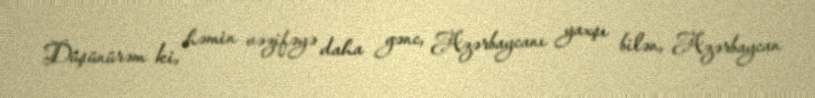
Düşünürəm ki, həmin vəzifəyə daha gənc, Azərbaycanı yaxşı bilən, Azərbaycan